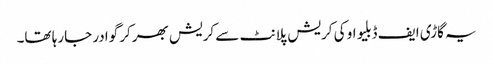
یہ گاڑی ایف ڈبلیو او کی کریش پلانٹ سے کریش بھرکر گوادر جارہا تھا۔